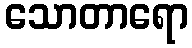
သောတာရော